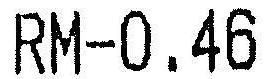
RM-0.46